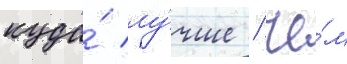
куда́ лу́чше / че́м